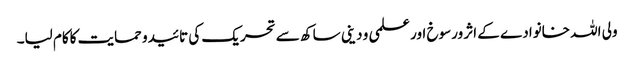
ولی اللہ خانوادے کے اثر ورسوخ اور علمی و دینی ساکھ سے تحریک کی تائیدو حمایت کاکام لیا۔